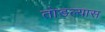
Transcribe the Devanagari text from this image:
तोडल्यास